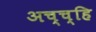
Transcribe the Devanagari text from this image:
अच्च्हि